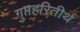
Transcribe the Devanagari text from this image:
गुप्तहरितीर्थ